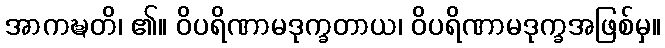
အာကဍ္ဎတိ၊ ၏။ ဝိပရိဏာမဒုက္ခတာယ၊ ဝိပရိဏာမဒုက္ခအဖြစ်မှ။